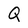
Character: Q